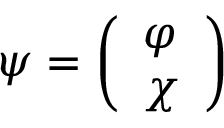
\psi = \left( \begin{array} { l c r } { { \varphi } } \\ { { \chi } } \end{array} \right)